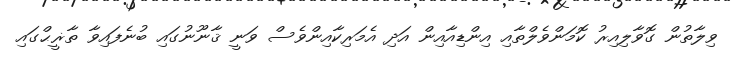
ވިލާތުން ގޮވާލިއިރު ކޮމަންވެލްތާއި އިންޑިއާއިން އަދި އެމަރިކާއިންވެސް ވަނީ ޤާނޫނުގައި ބުނެފައިވާ ތާޜީޙްގައި